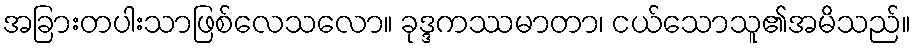
အခြားတပါးသာဖြစ်လေသလော။ ခုဒ္ဒကဿမာတာ၊ ငယ်သောသူ၏အမိသည်။